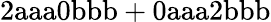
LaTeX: \mathrm{2aaa0bbb+0aaa2bbb}